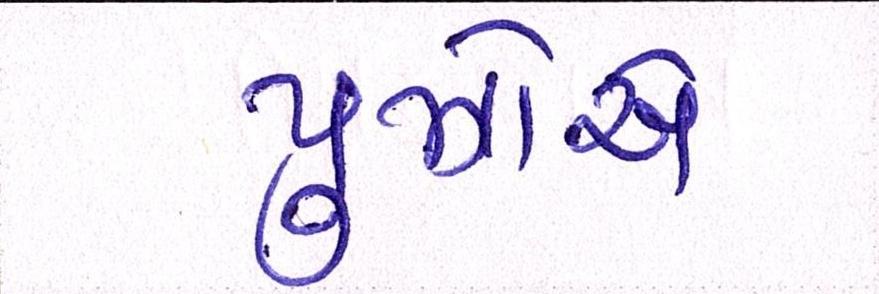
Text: પુઝોએ